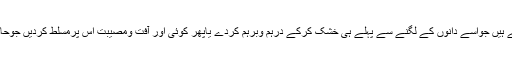
جی ہاں ہم تیز زہریلی آندھی بھیج سکتے ہیں جواسے دانوں کے لگنے سے پہلے ہی خشک کرکے درہم وبرہم کردے یاپھر کوئی اور آفت ومصیبت اس پرمسلّط کردیں جوحاصل ہونے والے سرمایہ کوختم کردے ۔